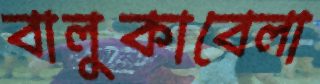
বালুকাবেলা